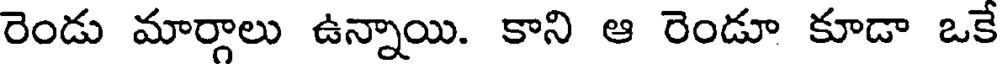
రెండు మార్గాలు ఉన్నాయి. కాని ఆ రెండూ కూడా ఒక